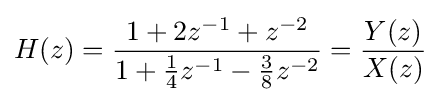
H(z)={\frac {1+2z^{-1}+z^{-2}}{1+{\frac {1}{4}}z^{-1}-{\frac {3}{8}}z^{-2}}}={\frac {Y(z)}{X(z)}}